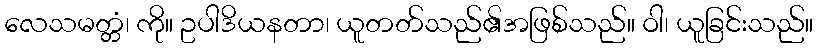
လေသမတ္တံ၊ ကို။ ဥပါဒိယနတာ၊ ယူတတ်သည်၏အဖြစ်သည်။ ဝါ၊ ယူခြင်းသည်။